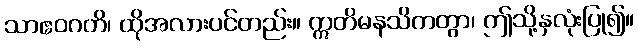
သာဧဝဂတိ၊ ထိုအလားပင်တည်း။ ဣတိမနသိကတွာ၊ ဤသို့နှလုံးပြု၍။